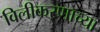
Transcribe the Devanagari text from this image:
विलीकरणाच्या